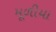
મૂળીયા